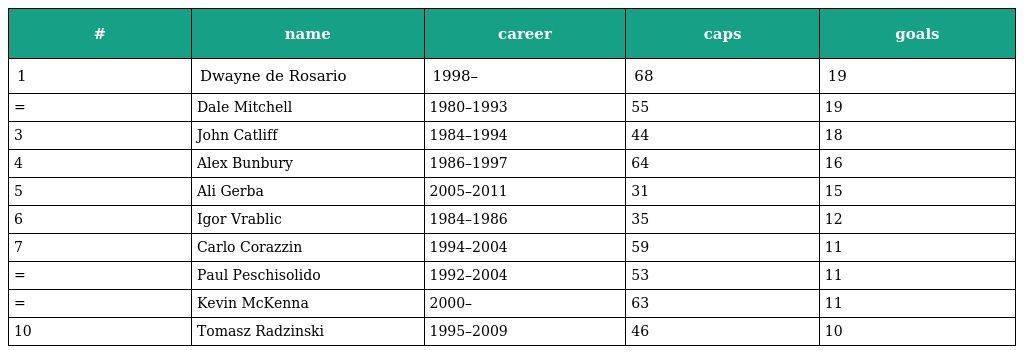
| # | name | career | caps | goals |
 | --- | --- | --- | --- | --- |
 | 1 | Dwayne de Rosario | 1998– | 68 | 19 |
 | = | Dale Mitchell | 1980–1993 | 55 | 19 |
 | 3 | John Catliff | 1984–1994 | 44 | 18 |
 | 4 | Alex Bunbury | 1986–1997 | 64 | 16 |
 | 5 | Ali Gerba | 2005–2011 | 31 | 15 |
 | 6 | Igor Vrablic | 1984–1986 | 35 | 12 |
 | 7 | Carlo Corazzin | 1994–2004 | 59 | 11 |
 | = | Paul Peschisolido | 1992–2004 | 53 | 11 |
 | = | Kevin McKenna | 2000– | 63 | 11 |
 | 10 | Tomasz Radzinski | 1995–2009 | 46 | 10 |